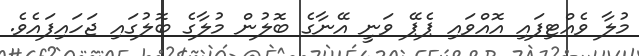
މުލާ ވެއްޓިފައި އޮއްވައި ޕެޕޭ ވަނީ އޭނާގެ ބޮލުން މުލާގެ ބޮލުގައި ޖަހައިފައެވެ.